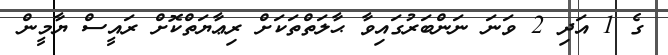
ގެ 1 އަދި 2 ވަނަ ނަންބަރުގައިވާ ޙާލަތްތަކަށް ރިޢާޔަތްކޮށް ރައީސް ޔާމީން